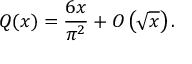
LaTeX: Q ( x ) = { \frac { 6 x } { \pi ^ { 2 } } } + O \left( { \sqrt { x } } \right) .